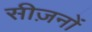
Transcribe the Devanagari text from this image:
सीज़नोंं